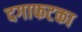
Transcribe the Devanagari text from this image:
दगाफटका